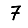
Digit: 7